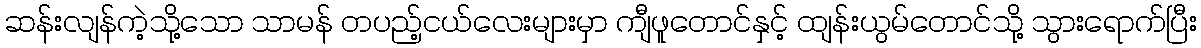
ဆန်းလျန်ကဲ့သို့သော သာမန် တပည့်ငယ်လေးများမှာ ကျီဖူတောင်နှင့် ထျန်းယွမ်တောင်သို့ သွားရောက်ပြီး